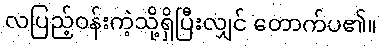
လပြည့်ဝန်းကဲ့သို့ရှိပြီးလျှင် တောက်ပ၏။